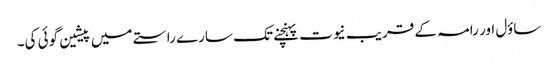
ساؤل اور رامہ کے قریب نیوت پہنچنے تک سارے راستے میں پیشین گوئی کی۔